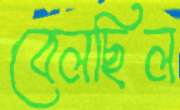
বেলছিল